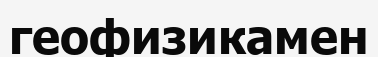
геофизикамен